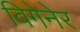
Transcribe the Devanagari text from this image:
विगेनेर